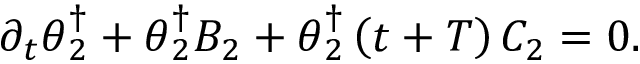
\partial _ { t } \boldsymbol { \theta } _ { 2 } ^ { \dagger } + \boldsymbol { \theta } _ { 2 } ^ { \dagger } { \cal B } _ { 2 } + \boldsymbol { \theta } _ { 2 } ^ { \dagger } \left( t + T \right) { \cal C } _ { 2 } = 0 .